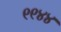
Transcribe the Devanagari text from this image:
९९४४